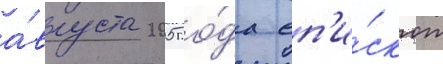
а́вгуста 2005 го́да еп'и́скоп